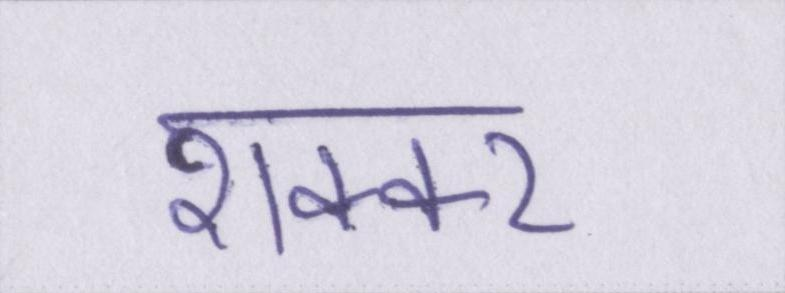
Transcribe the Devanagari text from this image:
शक्कर